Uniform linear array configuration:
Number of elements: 16
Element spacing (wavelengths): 0.75
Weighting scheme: uniform
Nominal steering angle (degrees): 0
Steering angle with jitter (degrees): -0.7232
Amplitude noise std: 0.05
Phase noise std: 0.05

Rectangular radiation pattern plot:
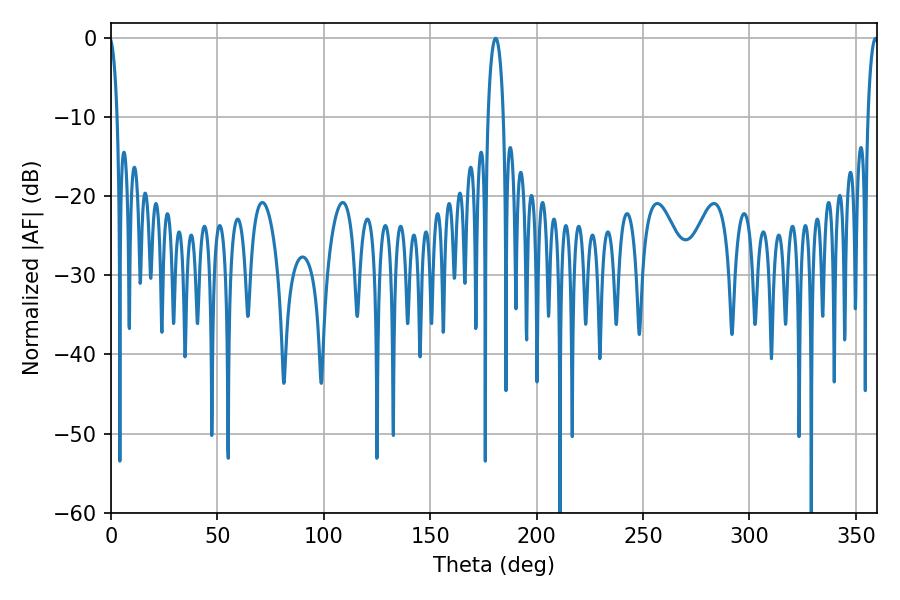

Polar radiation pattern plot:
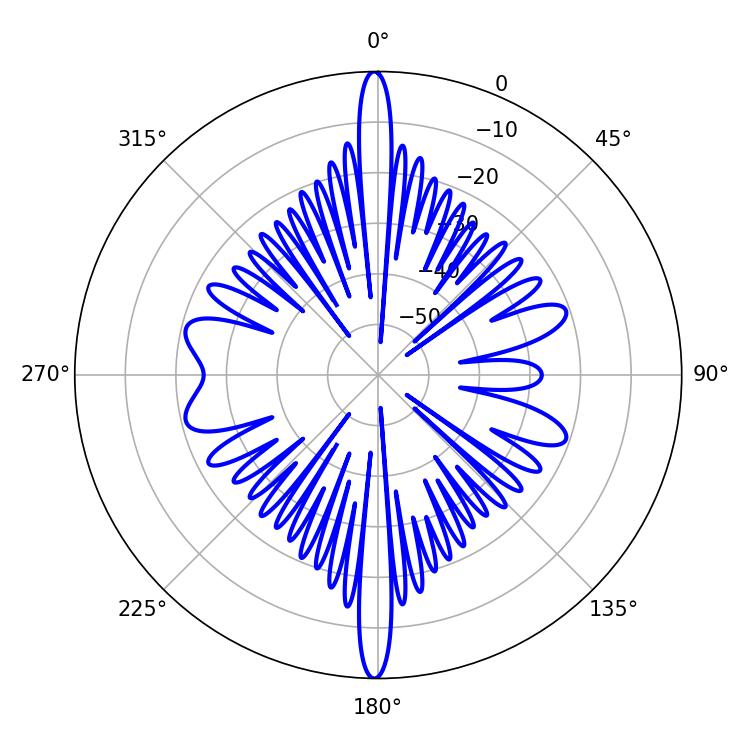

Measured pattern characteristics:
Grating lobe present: TRUE
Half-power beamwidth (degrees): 3.96
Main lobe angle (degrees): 180.72